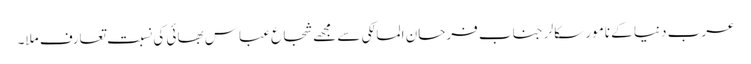
عرب دنیا کے نامور سکالر جناب فرحان المالکی سے مجھے شجاع عباس بھائی کی نسبت تعارف ملا۔